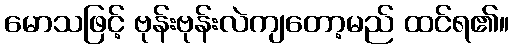
မောသဖြင့် ဗုန်းဗုန်းလဲကျတော့မည် ထင်ရ၏။